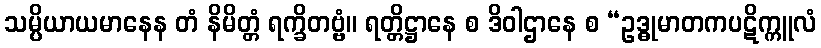
သမ္ပိယာယမာနေန တံ နိမိတ္တံ ရက္ခိတဗ္ဗံ။ ရတ္တိဋ္ဌာနေ စ ဒိဝါဌာနေ စ “ဥဒ္ဓုမာတကပဋိက္ကူလံ